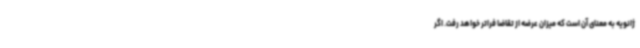
ژانویه به معنای آن است که میزان عرضه از تقاضا فراتر خواهد رفت. اگر